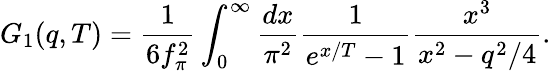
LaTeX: G_{1}(q,T)={\frac{1}{6f_{\pi}^{2}}}\int_{0}^{\infty}{\frac{dx}{\pi^{2}}}{\frac{1}{e^{x/T}-1}}{\frac{x^{3}}{x^{2}-q^{2}/4}}.